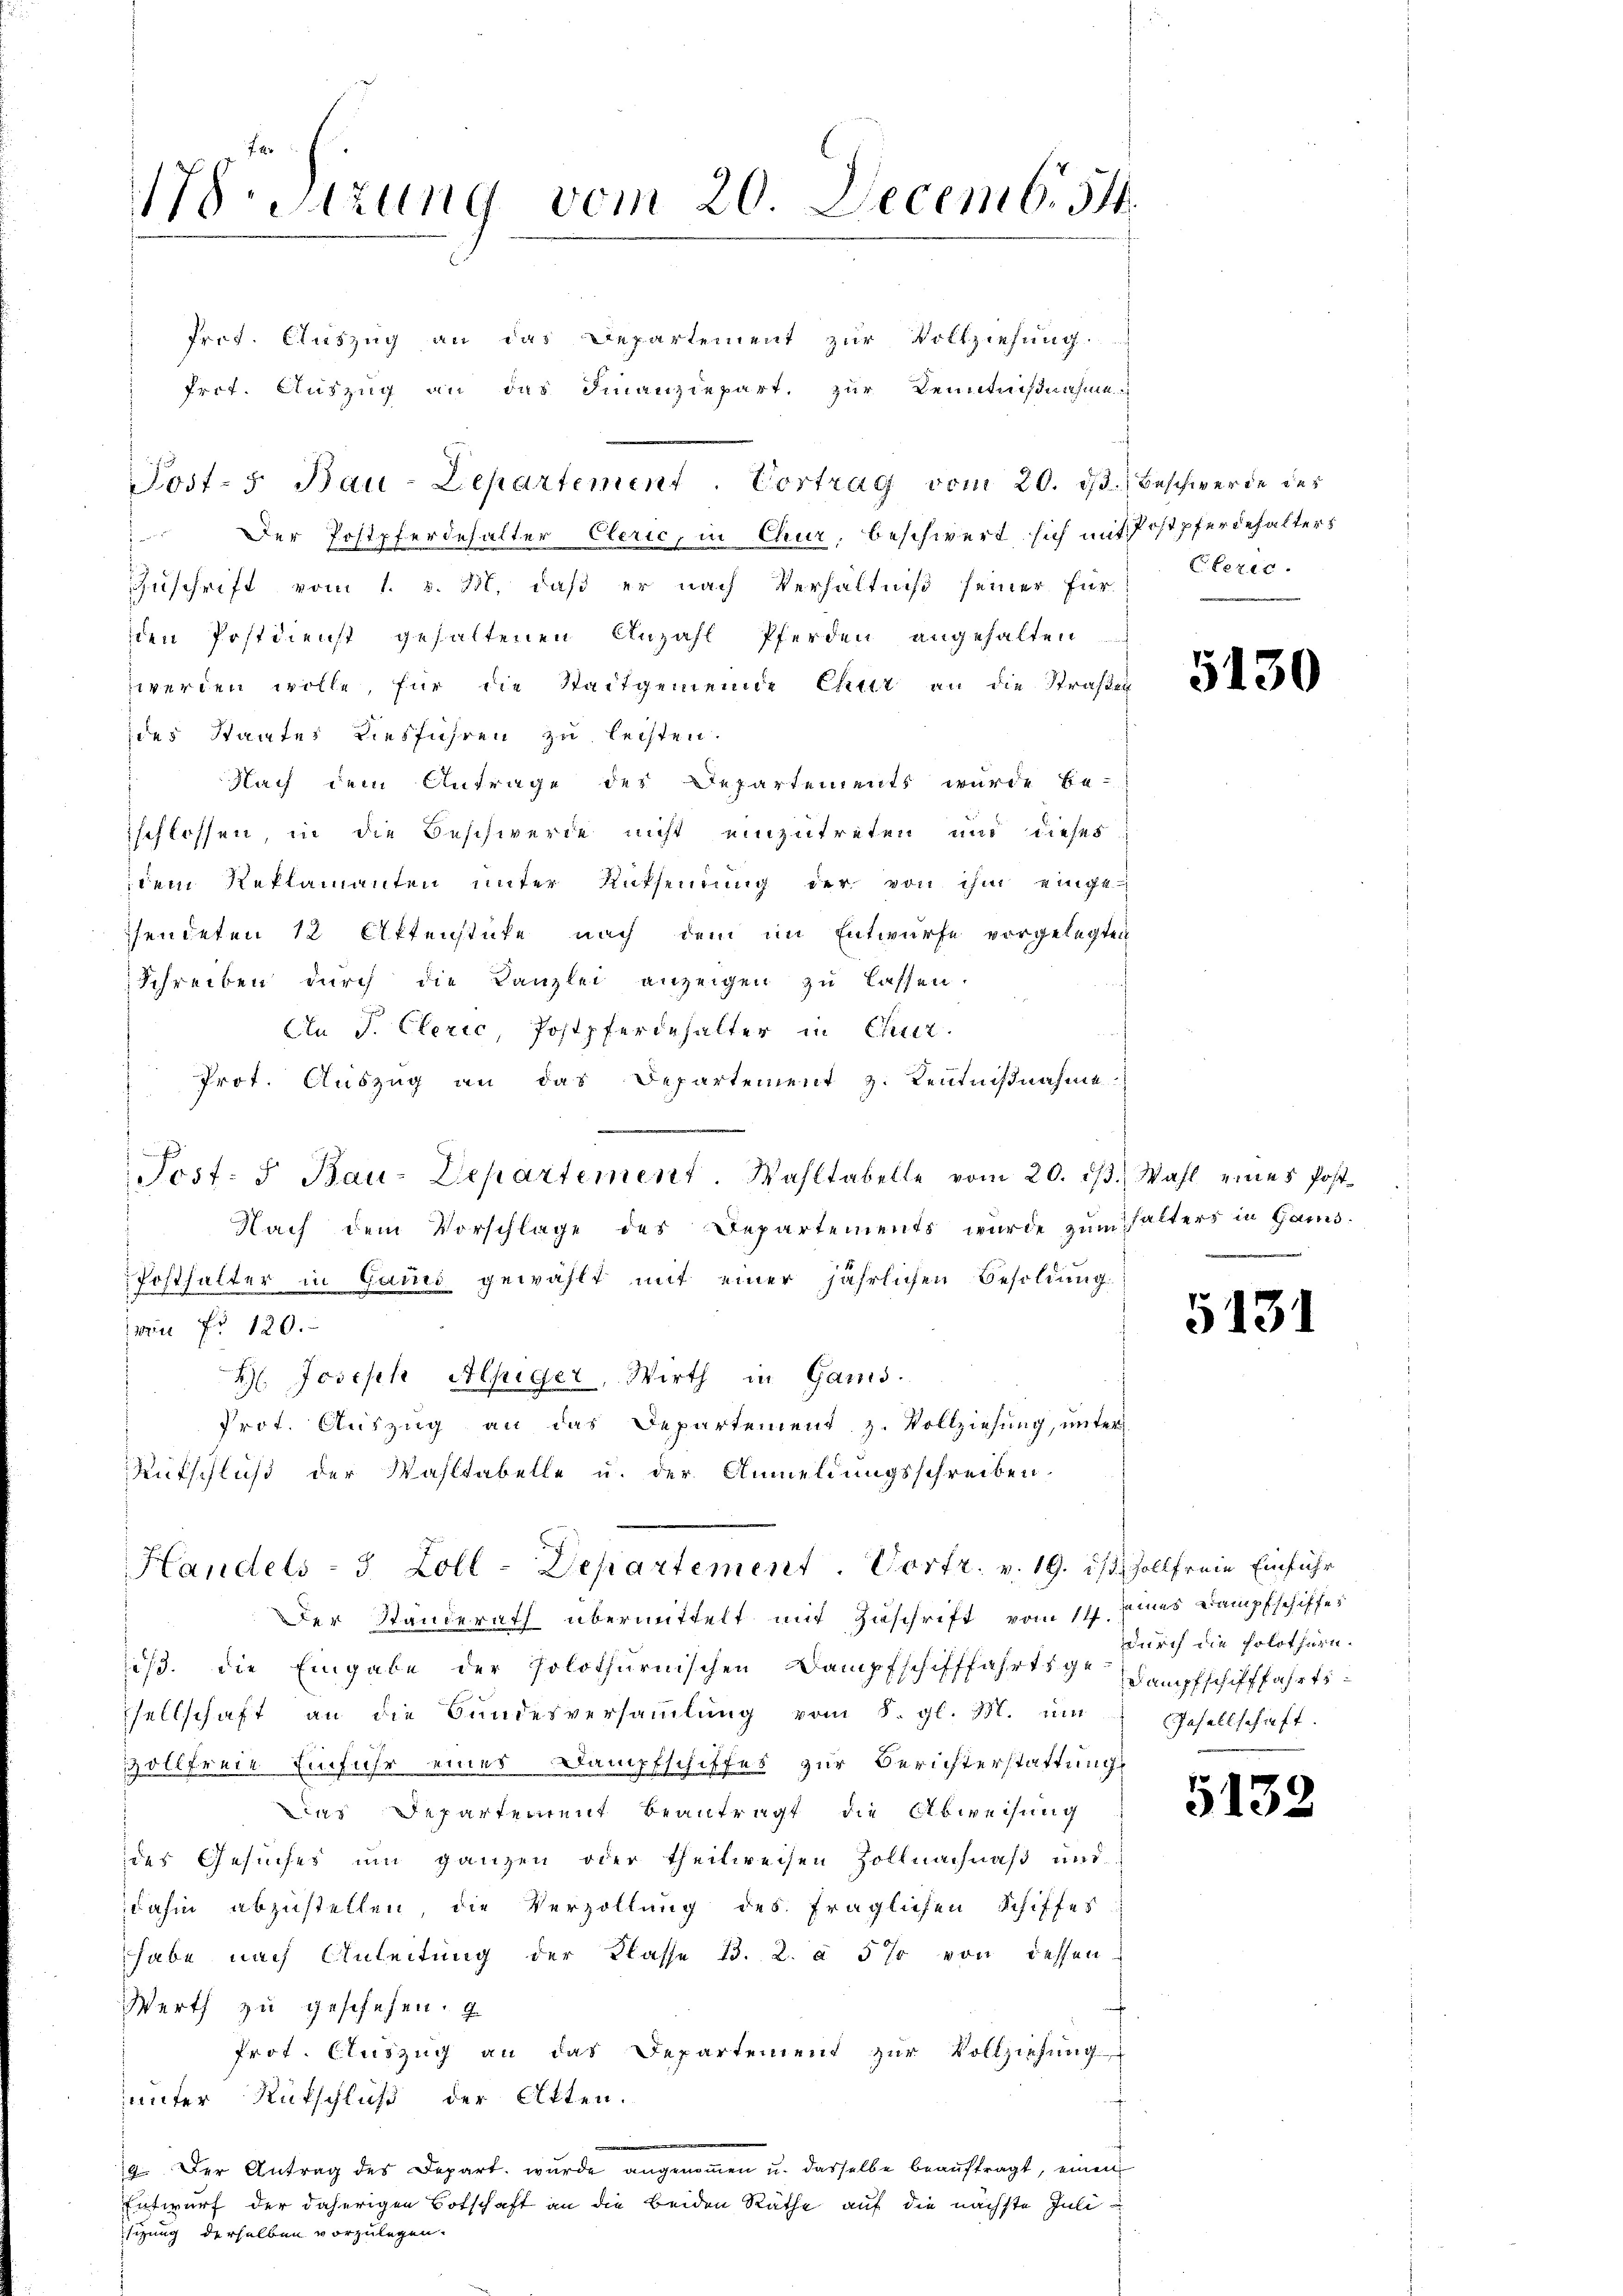
Irot. Auszug an das Departement zur Vollziehung.
frot. Auszug an das Finanziepart. Zur Kenntnißnahme
 Der Postpferdehalter Clerie, in Chur, beschwert sich mit Postpferbehalters
Zuschrift vom 1. v. M. daß er nach Verhältniß seiner für
sten Postdienst gehaltenen Anzahl Pferden angehalten
werden wolle, für die Stadtgemeinde Chitt an die Straßen
ides Staates diesführen zu leisten.
Nach dem Antrage des Departements wurde be-
sschlossen, in die Beschwerde nicht einzutreten und dieses
dem Reklamanten unter Rutseinung der von ihm eingesendeten 12 Aktenstücke nach dem im Entwurfe vorgelegten
Schreiben durch die Kanzlei anzeigen zu lassen.
An P. Clerić, Postpferdehalter in Chur.
Prot. Auszug an das Departement z. Kentnißnahme
Nach dem Vorschlage des Departements wurde zum halters in Gams¬
Posthalter in Gaus gewählt mit einer jährlichen Besoldung
wr Nr 120.
H. Joseph Alpiger, Wirth in Gams.
Prot. Auszug an das Departement z. Vollziehung, unter
Deutschluß der Wahltabelle u. der Anmeldungsschreiben.
Handels- 3 Zoll-Departement. Vortr. v. 19. ist Zollfreie Einführ
Der Standerath übermittelt mit Zuschrift vom 14. Eines Dampfschiffes
is. Die Eingabe der Polothurnischen Dampfschifffahrtsgestampfschifffahrts-
sellschaft an die Bundesversaṁlŭng vom 8. gl. M. um Gesellschaft.
zollfreie Einfuhr eines Dampfschiffes zur Berichterstattung
Das Departement beantragt die Abweisung
des Gesuches um ganzen oder theilweisen Zollnachnaß und
dahin abzustellen, die Verzöllung des fraglichen Schiffes
habe nach Anleitung der Klasse 13. 2. à 5 % von dessen
Werth zu geschehen.
Prot. Auszug an das Departement zur Vollziehung
unter Rutschluß der Atten.
.
19. Der Antrag des Depart wurde angenoṁen u. dasselbe beaŭftragt, einen
Entwurf der daherigen Botschaft an die beiden Räthe auf die nächste Julisizung derselben vorzulegen.

-Sitzung vom 20 Decemb. 54.

Post-5. Bau-Departement. Vortrag vom 20. dβ beschwerde des

Post. J. Bau-Departement. Wahltabelle vom 20. dβ. Wahl eines Post

Eterie.
e

i nich

5130

e

5131

durch die solothurn.

5132